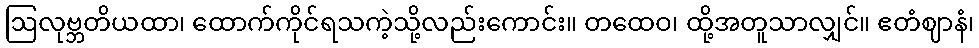
ဩလုဗ္ဘတိယထာ၊ ထောက်ကိုင်ရသကဲ့သို့လည်းကောင်း။ တထေဝ၊ ထို့အတူသာလျှင်။ ဧတံဈာနံ၊